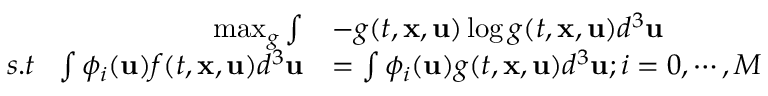
\begin{array} { r l } { \operatorname* { m a x } _ { g } \int } & { - g ( t , \mathbf { x } , \mathbf { u } ) \log g ( t , \mathbf { x } , \mathbf { u } ) d ^ { 3 } \mathbf { u } } \\ { s . t \ \ \int \phi _ { i } ( \mathbf { u } ) f ( t , \mathbf { x } , \mathbf { u } ) d ^ { 3 } \mathbf { u } } & { = \int \phi _ { i } ( \mathbf { u } ) g ( t , \mathbf { x } , \mathbf { u } ) d ^ { 3 } \mathbf { u } ; i = 0 , \cdots , M } \end{array}